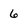
Character: 6